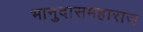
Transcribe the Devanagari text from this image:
भानुदासमहाराज